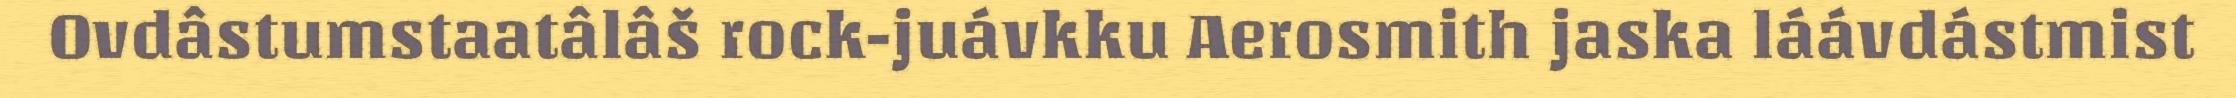
Ovdâstumstaatâlâš rock-juávkku Aerosmith jaska láávdástmist